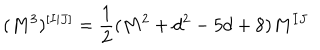
( M ^ { 3 } ) ^ { [ I | J ] } = \frac { 1 } { 2 } ( M ^ { 2 } + d ^ { 2 } - 5 d + 8 ) M ^ { I J }